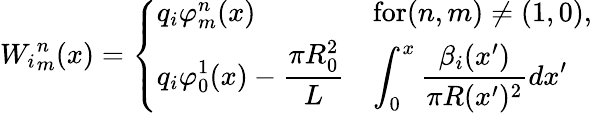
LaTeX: {W_{i}}_{m}^{n}(x)=\left\{ \begin{array}{ll}{q_{i}\varphi_{m}^{n}(x)}&{\textrm{for}(n,m)\neq(1,0),}\\ {\displaystyle q_{i}\varphi_{0}^{1}(x)-\frac{\pi R_{0}^{2}}{L}}&{\displaystyle\int_{0}^{x}\frac{\beta_{i}(x^{\prime})}{\pi R(x^{\prime})^{2}}dx^{\prime}}\end{array}\right.